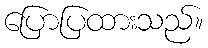
ပြောပြထားသည်။